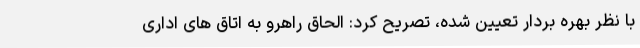
با نظر بهره بردار تعیین شده، تصریح کرد: الحاق راهرو به اتاق های اداری